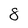
Character: 8